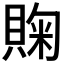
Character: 𰷈